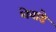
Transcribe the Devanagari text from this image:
शेवाडे